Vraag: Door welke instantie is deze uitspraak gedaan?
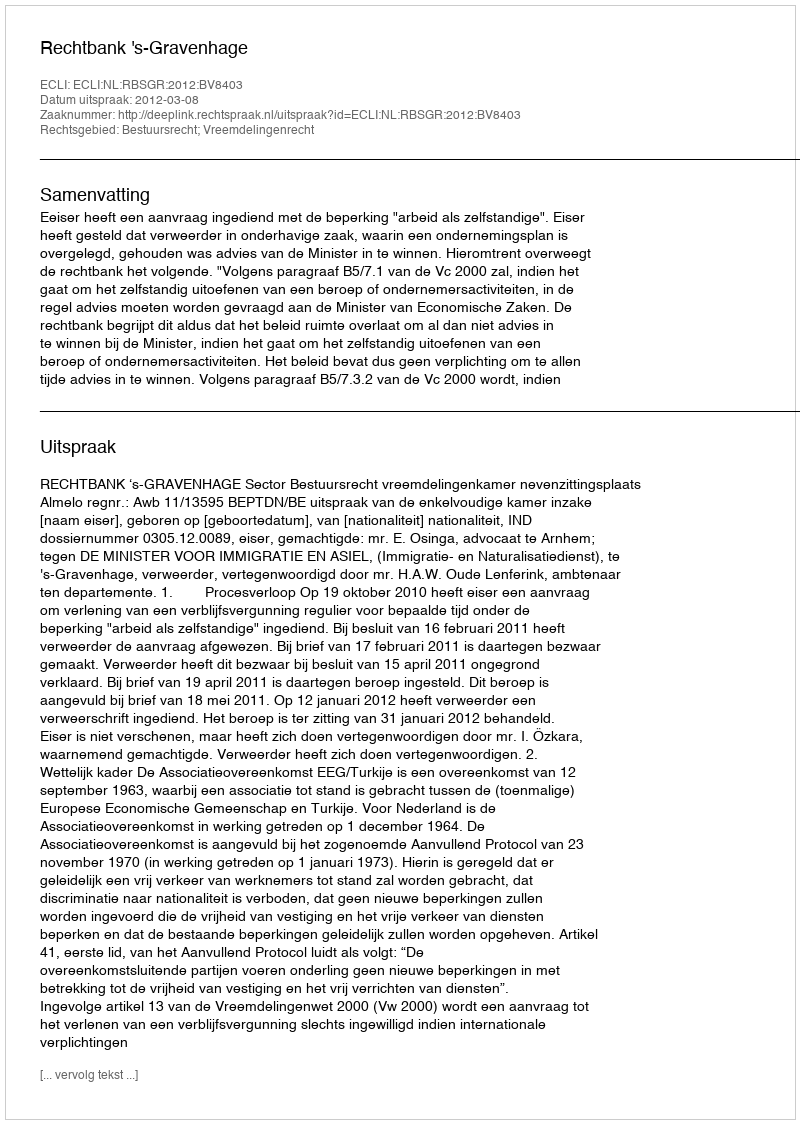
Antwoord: Rechtbank 's-Gravenhage